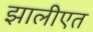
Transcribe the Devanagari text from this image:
झालीएत